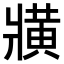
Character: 𤖖